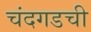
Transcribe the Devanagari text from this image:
चंदगडची